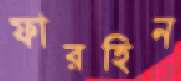
ফারহিন